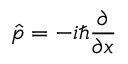
{ \hat { p } } = - i \hbar { \frac { \partial } { \partial x } }